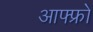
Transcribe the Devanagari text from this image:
आफ्फ्रो